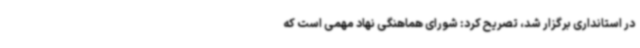
در استانداری برگزار شد، تصریح کرد: شورای هماهنگی نهاد مهمی است که